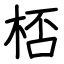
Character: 桮